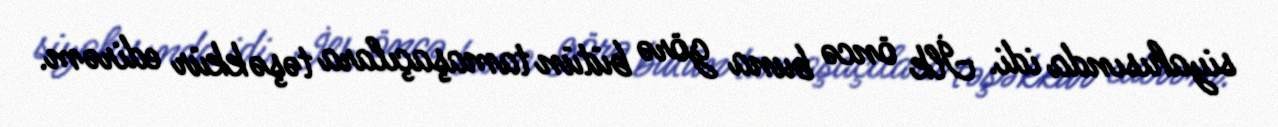
siyahısında idi. İlk öncə buna görə bütün tamaşaçılara təşəkkür edirəm.